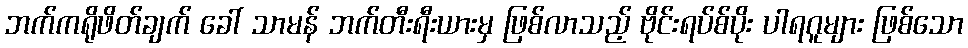
ဘက်ကရိုဖိတ်ချက် ခေါ် သာမန် ဘက်တီးရီးယားမှ ဖြစ်လာသည့် ဗိုင်းရပ်စ်ပိုး ပါရဂူများ ဖြစ်သော